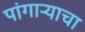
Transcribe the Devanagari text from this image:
पांगाऱ्याचा